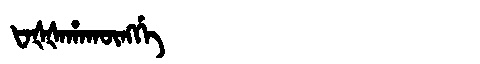
Manchu: ᡶᠠᡧᡧᠠᡥᠠᡴᡡᠩᡤᡝ
Romanization: FAŠŠAHAKŪNGGE